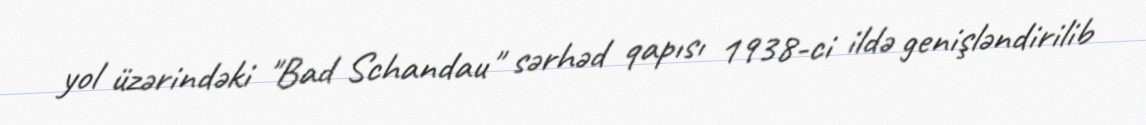
yol üzərindəki "Bad Schandau" sərhəd qapısı 1938-ci ildə genişləndirilib